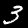
Label: 3